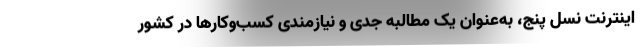
اینترنت نسل پنج، به‌عنوان یک مطالبه جدی و نیازمندی کسب‌وکارها در کشور